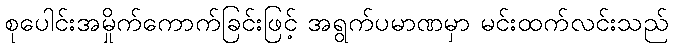
စုပေါင်းအမှိုက်ကောက်ခြင်းဖြင့် အရွက်ပမာဏမှာ မင်းထက်လင်းသည်